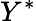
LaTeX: Y^{*}